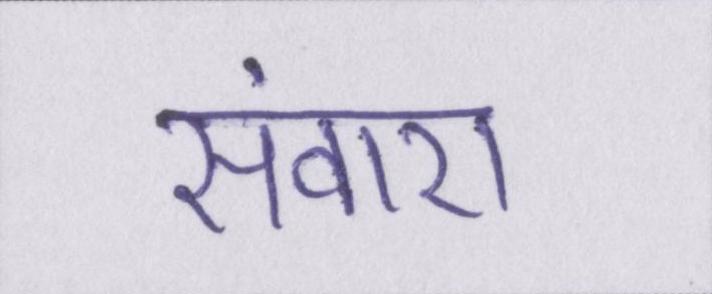
संवारा